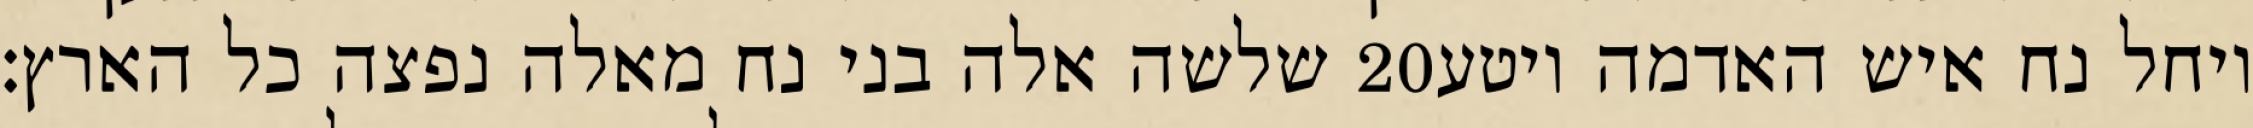
שלשה אלה בני נח מאלה נפצה כל הארץ׃ ‎20‏ ויחל נח איש האדמה ויטע